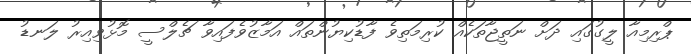
ޕްރިމިއާ ލީގުގައި ދަށް ނަތީޖާތަކެއް ކުރިމަތިވެ ފާޑުކިޔުންތައް އަމާޒުވެފައިވާ ޗެލްސީ މޮޅުވިއިރު ލަނޑު